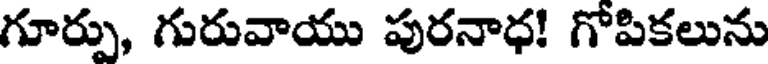
గూర్పు, గురువాయు పురనాధ! గోపికలును